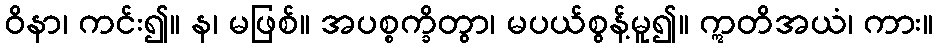
ဝိနာ၊ ကင်း၍။ န၊ မဖြစ်။ အပစ္စက္ခိတွာ၊ မပယ်စွန့်မူ၍။ ဣတိအယံ၊ ကား။